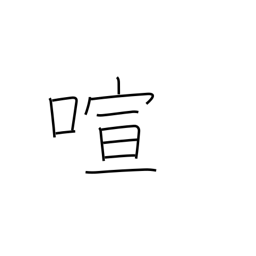
Meaning: boisterous